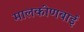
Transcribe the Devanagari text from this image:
मालकीणबाई